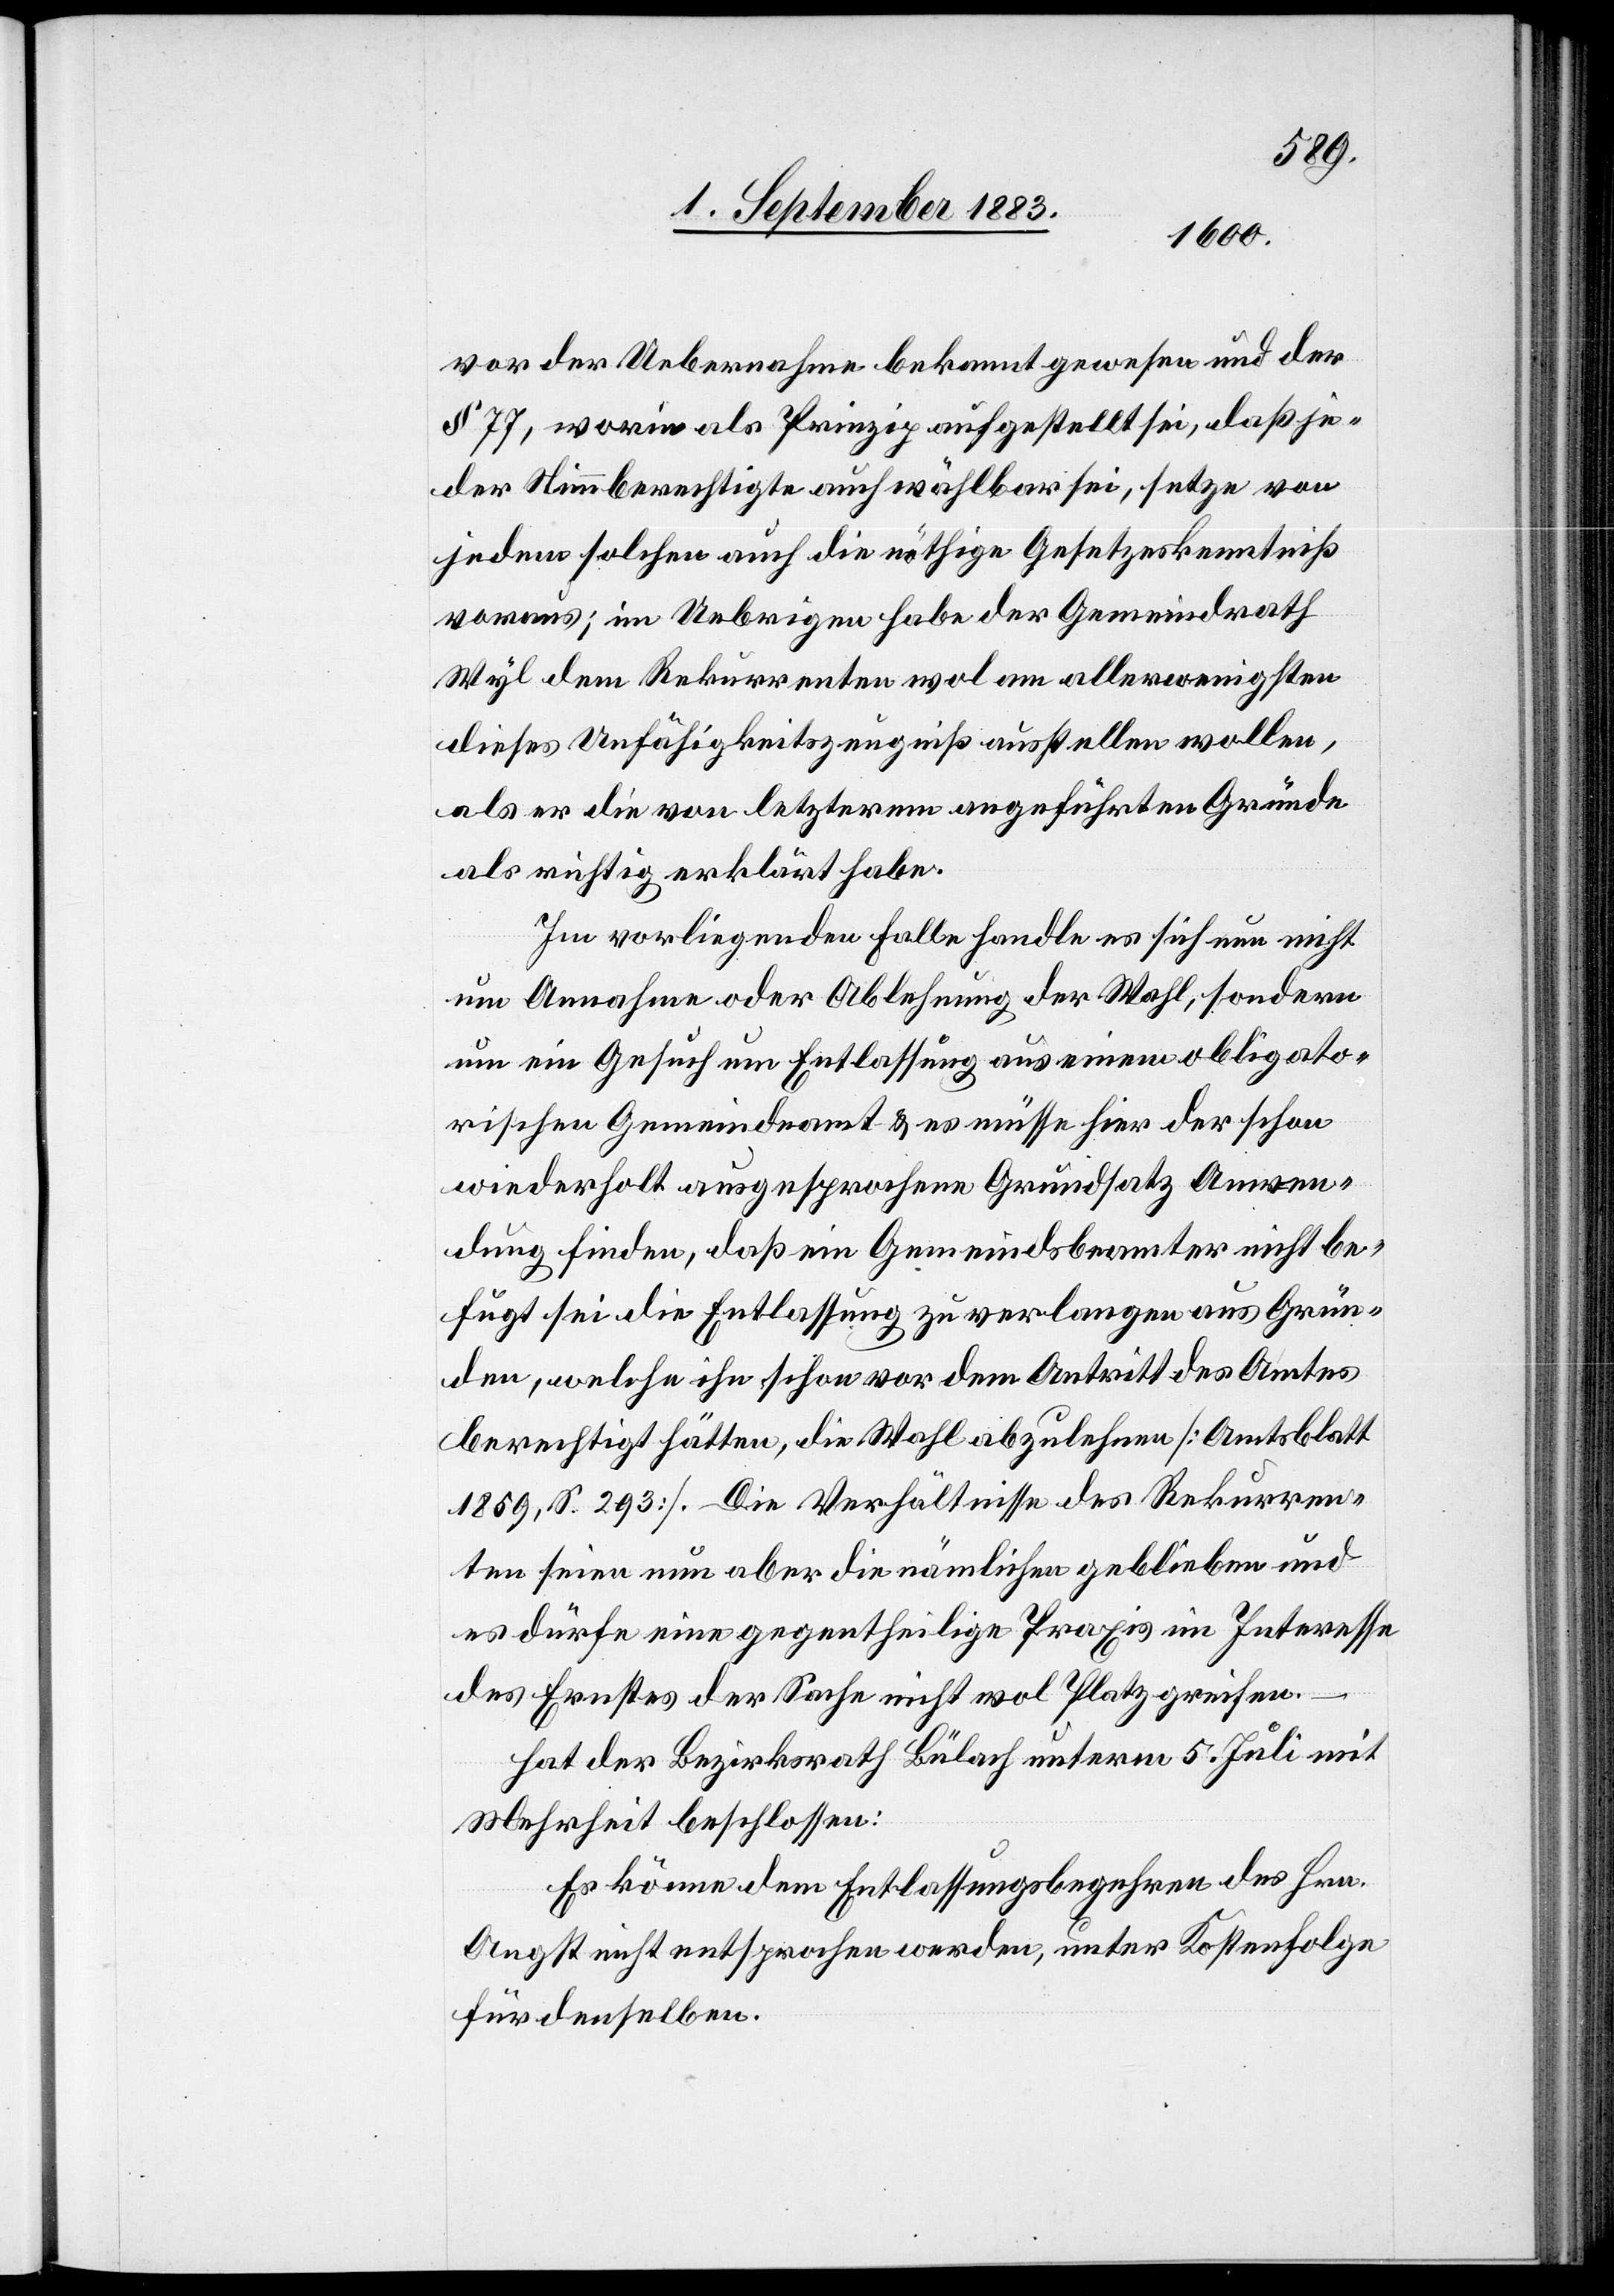
vor der Uebernahme bekannt gewesen und der
§ 77, worin als Prinzip aufgestellt sei, daß je¬
der Stimmberechtigte auch wählbar sei, setze von
jedem solchen auch die nöthige Gesetzeskenntniß
voraus; im Uebrigen habe der Gemeindrath
Wyl dem Rekurrenten wol am allerwenigsten
dieses Unfähigkeitszeugniß ausstellen wollte,
als er die von letzterem angeführten Gründe
als richtig erklärt habe.
Im vorliegenden Falle handle es sich nun nicht
um Annahme oder Ablehnung der Wahl, sondern
um ein Gesuch um Entlassung aus einem obligato¬
rischen Gemeindeamt & es müsse hier der schon
wiederholt ausgesprochene Grundsatz Anwen¬
dung finden, daß ein Gemeindsbeamter nicht be¬
fugt sei die Entlassung zu verlangen aus Grün¬
den, welche ihn schon vor dem Antritt des Amtes
berechtigt hätten, die Wahl abzulehnen [Amtsblatt
1859, S. 293]. Die Verhältnisse des Rekurren¬
ten seien nun aber die nämlichen geblieben und
es dürfe eine gegentheilige Praxis im Interesse
des Ernstes der Sache nicht wol Platz greifen.
hat der Bezirksrath Bülach unterm 5. Juli mit
Mehrheit beschlossen:
Es könne dem Entlassungsbegehren des Hrn.
Angst nicht entsprochen werden, unter Kostenfolge
für denselben.